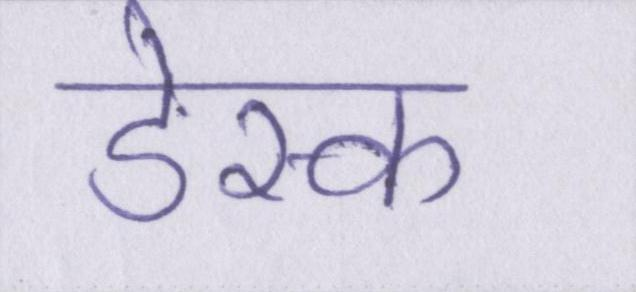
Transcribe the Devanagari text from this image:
डेस्क